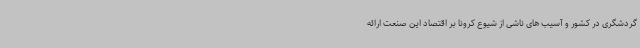
گردشگری در کشور و آسیب های ناشی از شیوع کرونا بر اقتصاد این صنعت ارائه